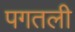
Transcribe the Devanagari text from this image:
पगतली